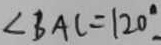
\angle B A C = 1 2 0 ^ { \circ }